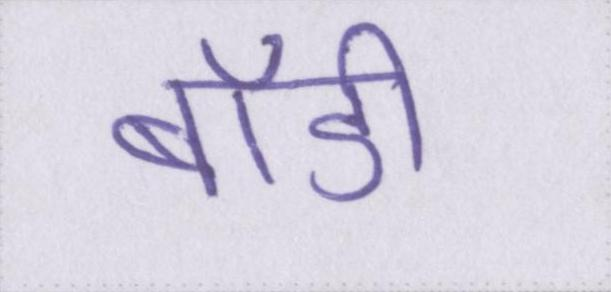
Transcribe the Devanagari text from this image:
बॉडी